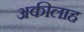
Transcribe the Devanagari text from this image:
अकीलाह